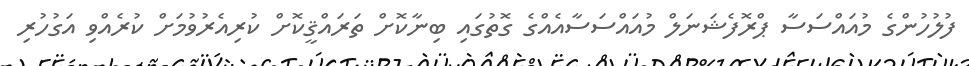
ފުލުހުންގެ މުއައްސަސާ ޕްރޮފެޝަނަލް މުއައްސަސާއެއްގެ ގޮތުގައި ބިނާކޮށް ތަރައްޤީކޮށް ކުރިއެރުވުމަށް ކުރެއްވި އަގުހުރި